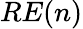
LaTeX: RE(n)